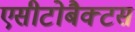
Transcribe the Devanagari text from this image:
एसीटोबैक्टस